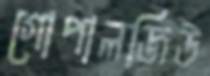
গোপালজিউ